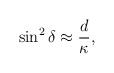
\begin{align*}\sin^{2}{\delta}\approx \frac{d}{\kappa},\end{align*}